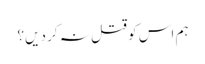
ہم اس کو قتل نہ کر دیں؟